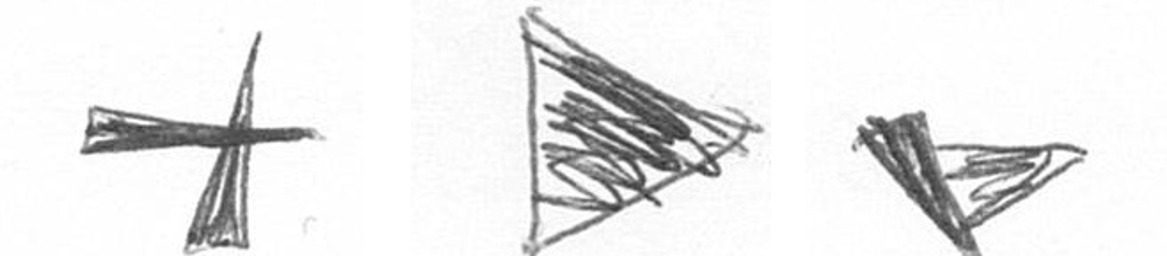
G T F